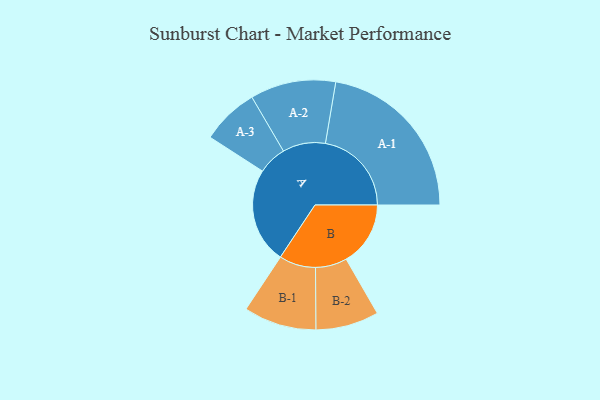
{"axis": {"x": "Segment", "y": "Value"}, "legend": ["", "A", "B"], "data": [{"x": "A", "y": 333, "type": ""}, {"x": "B", "y": 224, "type": ""}, {"x": "A-1", "y": 300, "type": "A"}, {"x": "A-2", "y": 149, "type": "A"}, {"x": "A-3", "y": 100, "type": "A"}, {"x": "B-1", "y": 127, "type": "B"}, {"x": "B-2", "y": 110, "type": "B"}]}